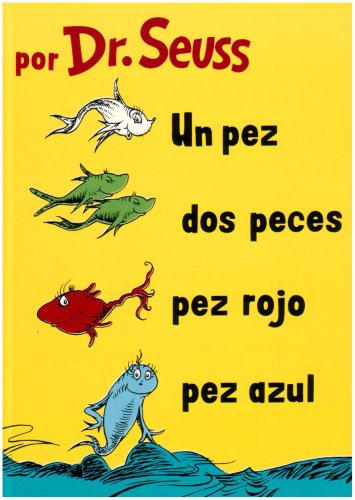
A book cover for Un Pez, Dos Peces, Pez Rojo, Pez Azul  (I Can Read It All by Myself Beginner Books) (Spanish Edition); Dr. Seuss; Children's Books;